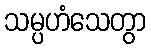
သမ္ပဟံသေတွာ